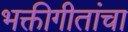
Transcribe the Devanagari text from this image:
भक्तीगीतांचा